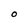
Character: O